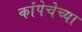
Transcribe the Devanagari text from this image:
कांपेचेच्या